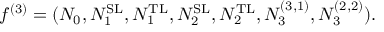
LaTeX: f ^ { ( 3 ) } = ( N _ { 0 } , N _ { 1 } ^ { \mathrm { S L } } , N _ { 1 } ^ { \mathrm { T L } } , N _ { 2 } ^ { \mathrm { S L } } , N _ { 2 } ^ { \mathrm { T L } } , N _ { 3 } ^ { ( 3 , 1 ) } , N _ { 3 } ^ { ( 2 , 2 ) } ) .